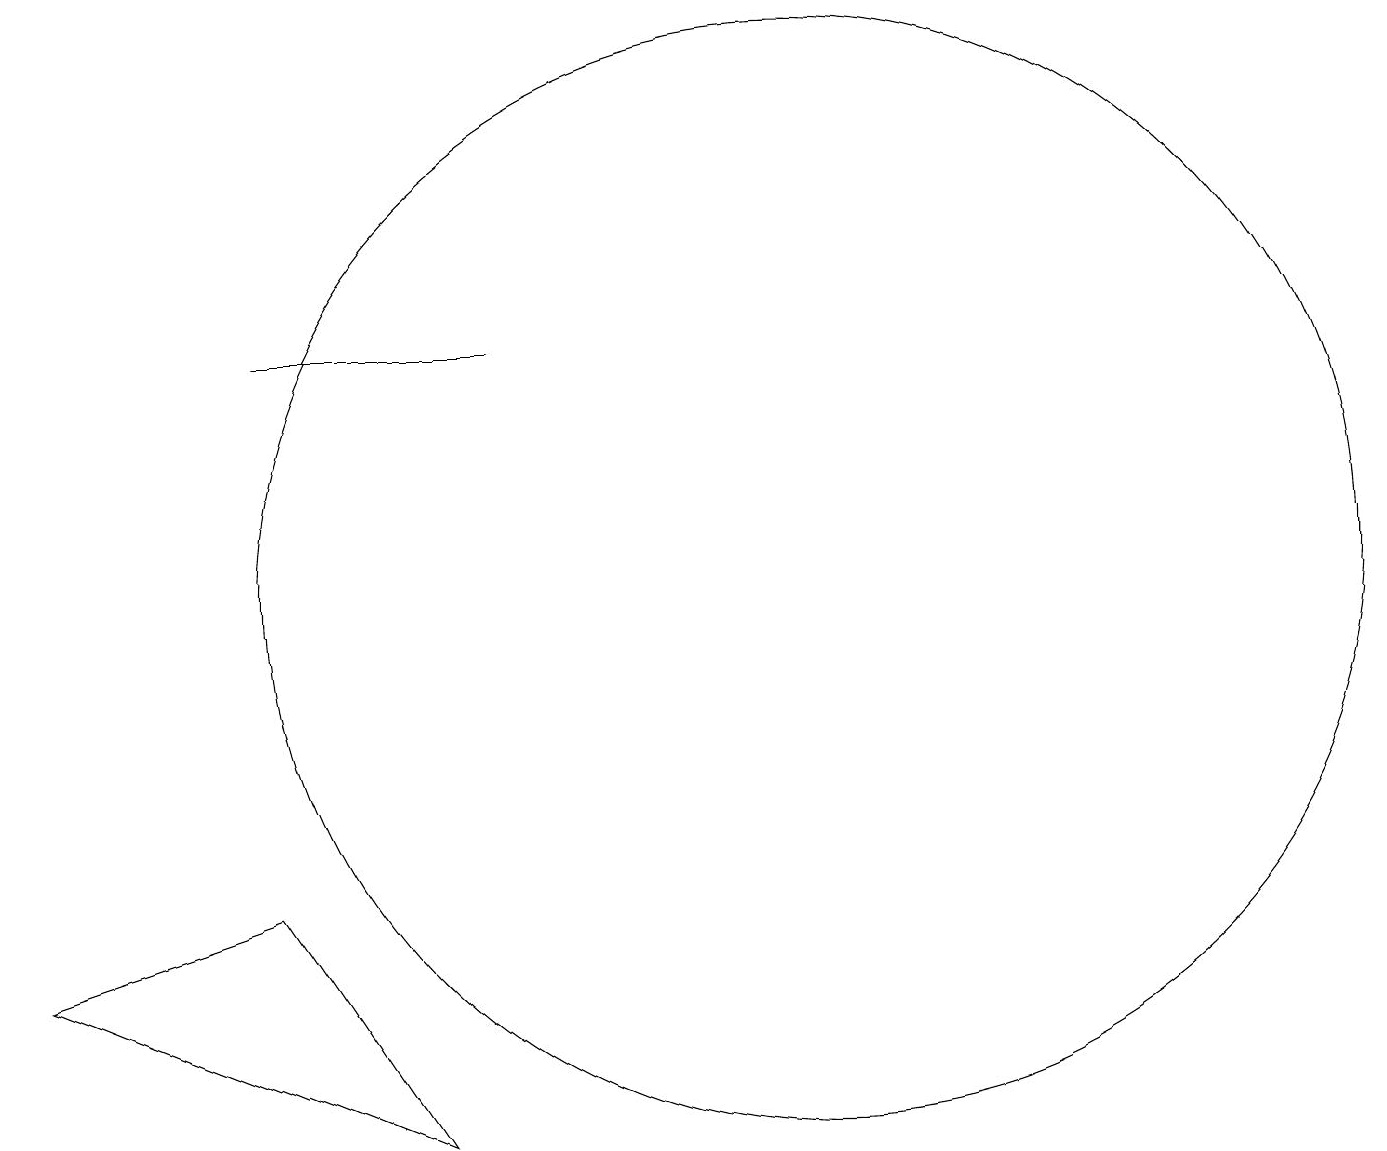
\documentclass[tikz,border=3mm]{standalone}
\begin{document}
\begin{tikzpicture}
\draw (0,5) -- (3,6) -- (5,3) -- cycle;
\draw (10,10) circle (7);
\draw (6,13) rectangle (3,13);
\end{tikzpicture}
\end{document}